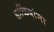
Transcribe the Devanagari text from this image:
डाळिंबांना